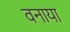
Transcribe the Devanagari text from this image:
वनाया